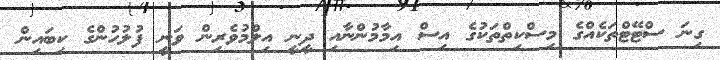
ގިނަ ސްޓޭޓްތަކެއްގެ މިސްކިތްތަކުގެ އިސް އިމާމުންނާއި ދީނީ އިލްމުވެރިން ވަނީ ފުލުހުންގެ ކިބައިން